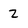
Character: 2